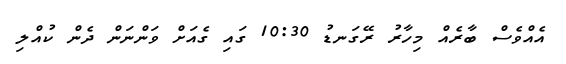
އެއްވެސް ބާރެއް މިހާރު ރޭގަނޑު 10:30 ގައި ގެއަށް ވަންނަން ދެން ކުއްލި